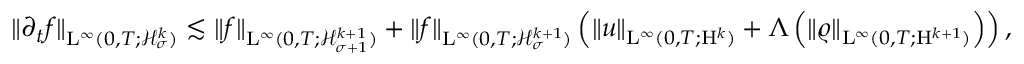
\begin{array} { r } { \Vert \partial _ { t } f \Vert _ { \mathrm { L } ^ { \infty } ( 0 , T ; \mathcal { H } _ { \sigma } ^ { k } ) } \lesssim \Vert f \Vert _ { \mathrm { L } ^ { \infty } ( 0 , T ; \mathcal { H } _ { \sigma + 1 } ^ { k + 1 } ) } + \Vert f \Vert _ { \mathrm { L } ^ { \infty } ( 0 , T ; \mathcal { H } _ { \sigma } ^ { k + 1 } ) } \left( \Vert u \Vert _ { \mathrm { L } ^ { \infty } ( 0 , T ; \mathrm { H } ^ { k } ) } + \Lambda \left( \Vert \varrho \Vert _ { \mathrm { L } ^ { \infty } ( 0 , T ; \mathrm { H } ^ { k + 1 } ) } \right) \right) , } \end{array}